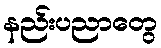
နည်းပညာတွေ